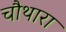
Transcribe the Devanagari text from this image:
चौथारा